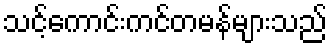
သင့်ကောင်းကင်တမန်များသည်